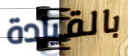
بالقيادة